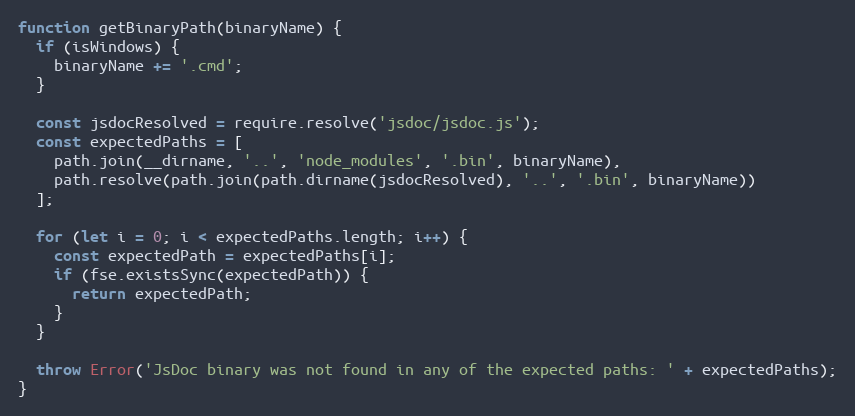
Language: JavaScript
function getBinaryPath(binaryName) {
  if (isWindows) {
    binaryName += '.cmd';
  }

  const jsdocResolved = require.resolve('jsdoc/jsdoc.js');
  const expectedPaths = [
    path.join(__dirname, '..', 'node_modules', '.bin', binaryName),
    path.resolve(path.join(path.dirname(jsdocResolved), '..', '.bin', binaryName))
  ];

  for (let i = 0; i < expectedPaths.length; i++) {
    const expectedPath = expectedPaths[i];
    if (fse.existsSync(expectedPath)) {
      return expectedPath;
    }
  }

  throw Error('JsDoc binary was not found in any of the expected paths: ' + expectedPaths);
}